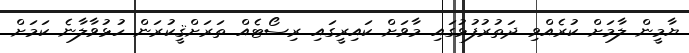
ޔާމީން ލާމަށް ކުރެއްވި ދަތުރުފުޅުގައި މާވަށް ކައިރީގައި ރިސޯޓެއް ތަރަށްޤީކުރަން ހުޅުވާލާނެ ކަމަށް